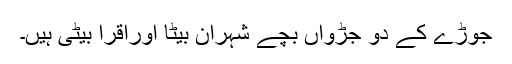
جوڑے کے دو جڑواں بچے شہران بیٹا اوراقرا بیٹی ہیں۔